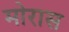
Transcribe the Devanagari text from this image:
मोरास